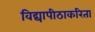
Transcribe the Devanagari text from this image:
विद्यापीठाकरिता